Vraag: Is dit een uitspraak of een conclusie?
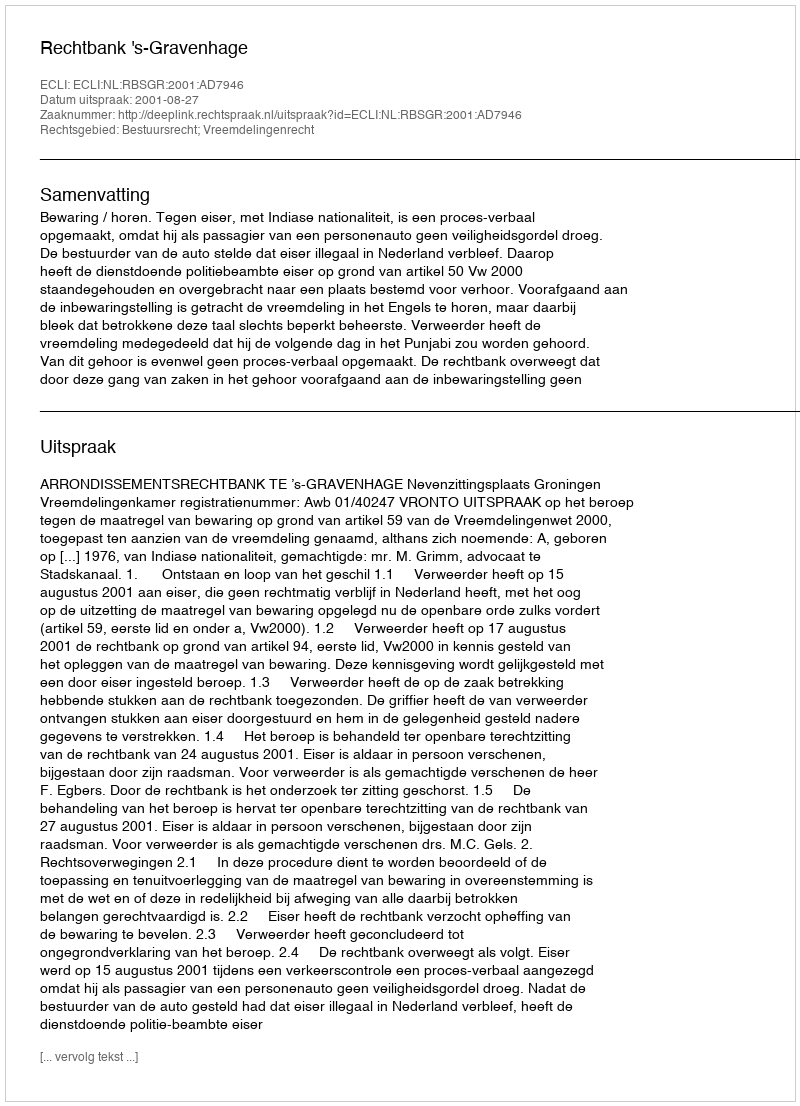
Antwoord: Uitspraak